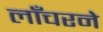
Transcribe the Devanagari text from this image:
लाँचरने